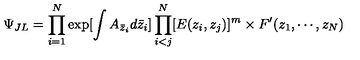
\Psi _ { J L } = \prod _ { i = 1 } ^ { N } \exp [ \int A _ { \bar { z } _ { i } } d \bar { z } _ { i } ] \prod _ { i < j } ^ { N } [ E ( z _ { i } , z _ { j } ) ] ^ { m } \times F ^ { \prime } ( z _ { 1 } , \cdots , z _ { N } )